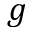
g